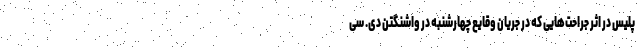
پلیس در اثر جراحت‌هایی که در جریان وقایع چهارشنبه در واشنگتن دی. سی